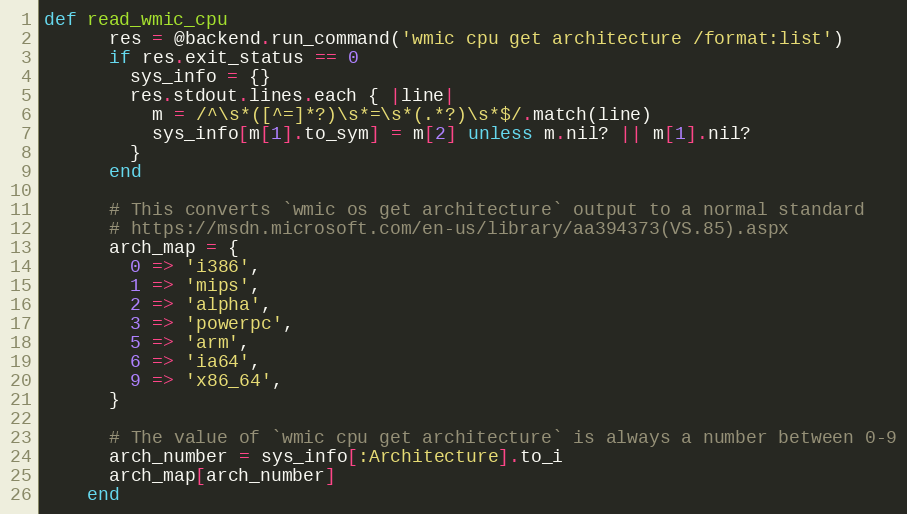
Language: Ruby
def read_wmic_cpu
      res = @backend.run_command('wmic cpu get architecture /format:list')
      if res.exit_status == 0
        sys_info = {}
        res.stdout.lines.each { |line|
          m = /^\s*([^=]*?)\s*=\s*(.*?)\s*$/.match(line)
          sys_info[m[1].to_sym] = m[2] unless m.nil? || m[1].nil?
        }
      end

      # This converts `wmic os get architecture` output to a normal standard
      # https://msdn.microsoft.com/en-us/library/aa394373(VS.85).aspx
      arch_map = {
        0 => 'i386',
        1 => 'mips',
        2 => 'alpha',
        3 => 'powerpc',
        5 => 'arm',
        6 => 'ia64',
        9 => 'x86_64',
      }

      # The value of `wmic cpu get architecture` is always a number between 0-9
      arch_number = sys_info[:Architecture].to_i
      arch_map[arch_number]
    end